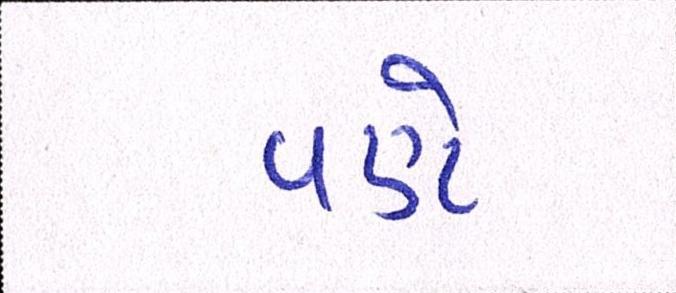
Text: પણે